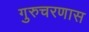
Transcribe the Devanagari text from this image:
गुरुचरणास